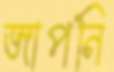
জাপনি